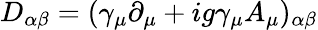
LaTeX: D_{\alpha\beta}=(\gamma_{\mu}\partial_{\mu}+ig\gamma_{\mu}A_{\mu})_{\alpha\beta}